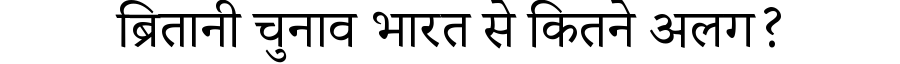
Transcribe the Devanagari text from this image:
ब्रितानी चुनाव भारत से कितने अलग?